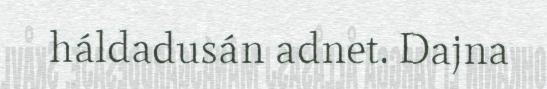
háldadusán adnet. Dajna